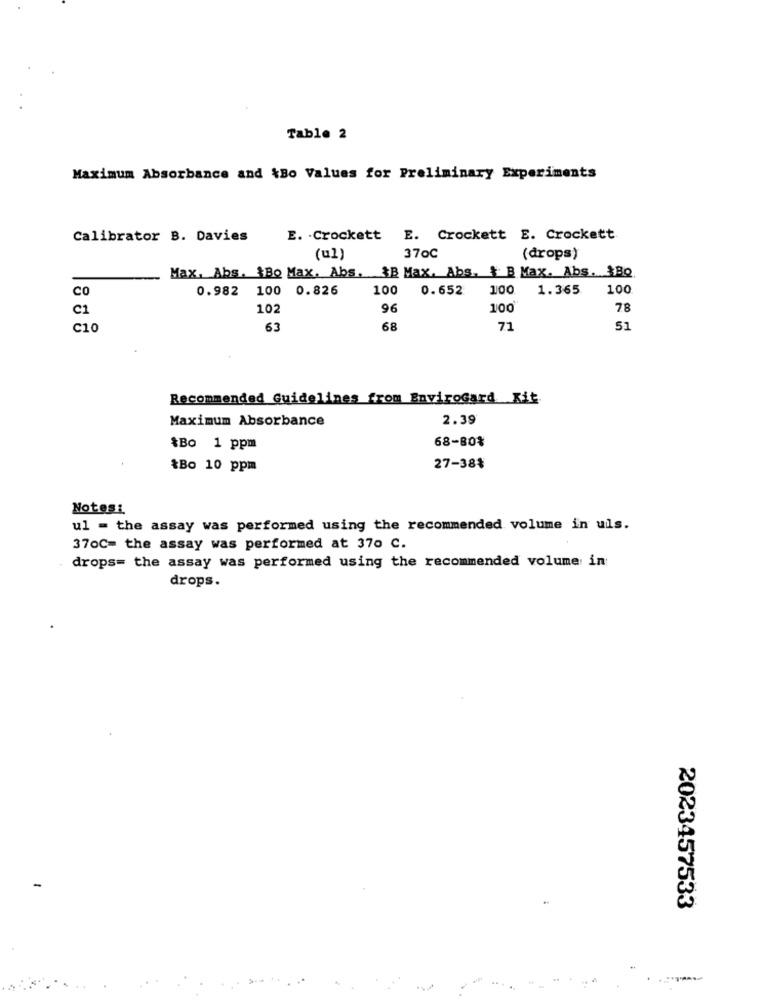
Table 2
Maximum Absorbance and &Bo Values for Preliminary Experiments
Calibrator B. Davies
E. Crockett E. Crockett E. Crockett
(ul)
370C
(drops)
Max, Abs. Bo Max. Abs. &B Max, Abs, & B Max. Abs. $Bo
CO
0.982
100 0.826
100
0.652
100
1.365
100
C1
102
96
100
7.8
C10
63
68
71
51
Recommended Guidelines from EnviroGard Kit.
Maximum Absorbance
2.39
68-80%
*Bo 1 ppm
&Bo 10 ppm
27-38%
Notes:
ul = the assay was performed using the recommended volume in uils.
370C= the assay was performed at 370 C.
drops= the assay was performed using the recommended volume in:
drops.
2023457533
...